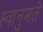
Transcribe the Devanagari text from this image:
स्वानुमते